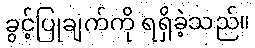
ခွင့်ပြုချက်ကို ရရှိခဲ့သည်။